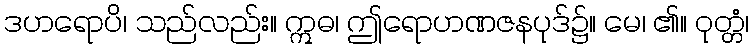
ဒဟရောပိ၊ သည်လည်း။ ဣဓ၊ ဤရောဟဏဇနပုဒ်၌။ မေ၊ ၏။ ဝုတ္တံ၊